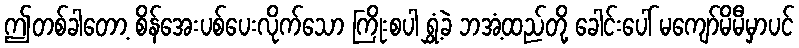
ဤတစ်ခါတော့ စိန်အေးပစ်ပေးလိုက်သော ကြိုးစပါ ရွှံ့ခဲ ဘအံ့ထည်တို့ ခေါင်းပေါ် မကျော်မိမီမှာပင်